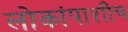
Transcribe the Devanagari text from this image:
लोकांपाशीच